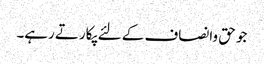
جو حق وانصاف کے لئے پکارتے رہے۔